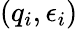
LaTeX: (q_{i},\epsilon_{i})